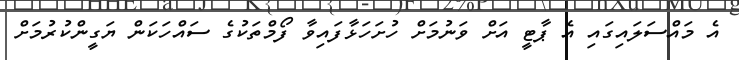
އެ މައްސަލައިގައި އެ ޕާޓީ އަށް ވަނުމަށް ހުށަހަޅާފައިވާ ފޯމްތަކުގެ ސައްހަކަން ޔަގީންކުރުމަށް